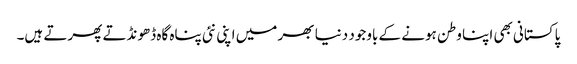
پاکستانی بھی اپنا وطن ہونے کے باوجود دنیا بھر میں اپنی نئی پناہ گاہ ڈھونڈتے پھرتے ہیں۔